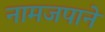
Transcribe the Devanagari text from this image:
नामजपाने